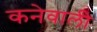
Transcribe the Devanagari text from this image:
कनेवाली